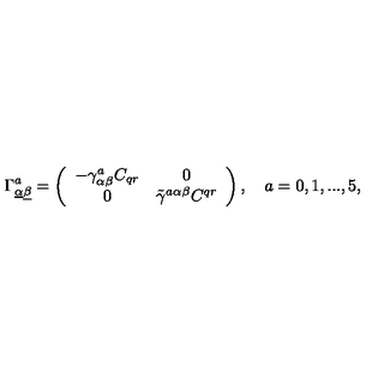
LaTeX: \Gamma _ { \underline { \alpha } \underline { \beta } } ^ { a } = \left( \begin{array} { c c } { - \gamma _ { \alpha \beta } ^ { a } C _ { q r } } & { 0 } \\ { 0 } & { \tilde { \gamma } ^ { a \alpha \beta } C ^ { q r } } \\ \end{array} \right) , \quad a = 0 , 1 , . . . , 5 ,